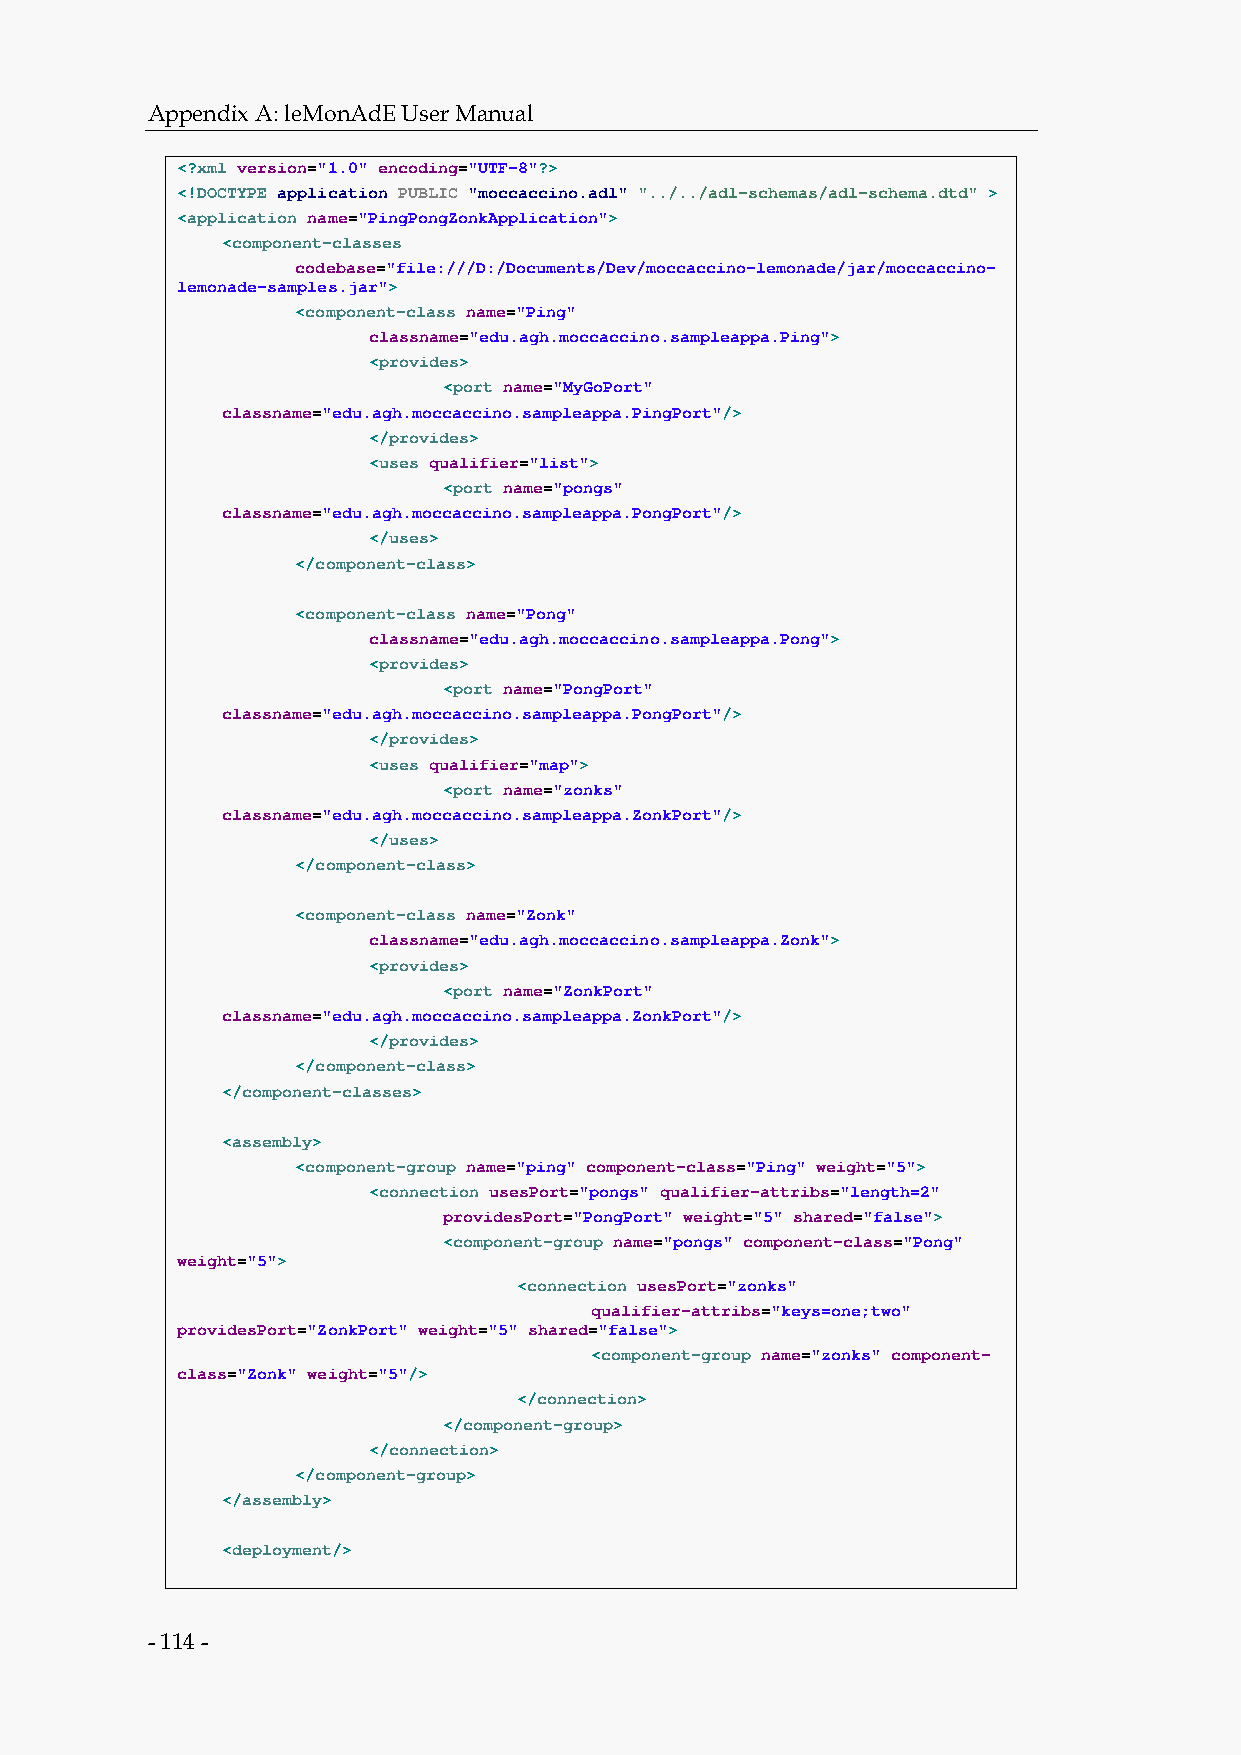
Appendix A: leMonAdE User Manual
 <?xml version="1.0" encoding="UTF-8"?>
 <!DOCTYPE application PUBLIC "moccaccino.adl" "../../adl-schemas/adl-schema.dtd" >
 <application name="PingPongZonkApplication">
 <component-classes
 codebase="file:///D:/Documents/Dev/moccaccino-lemonade/jar/moccaccino-
 lemonade-samples.jar">
 <component-class name="Ping"
 classname="edu.agh.moccaccino.sampleappa.Ping">
 <provides>
 <port name="MyGoPort"
 classname="edu.agh.moccaccino.sampleappa.PingPort"/>
 </provides>
 <uses qualifier="list">
 <port name="pongs"
 classname="edu.agh.moccaccino.sampleappa.PongPort"/>
 </uses>
 </component-class>
 <component-class name="Pong"
 classname="edu.agh.moccaccino.sampleappa.Pong">
 <provides>
 <port name="PongPort"
 classname="edu.agh.moccaccino.sampleappa.PongPort"/>
 </provides>
 <uses qualifier="map">
 <port name="zonks"
 classname="edu.agh.moccaccino.sampleappa.ZonkPort"/>
 </uses>
 </component-class>
 <component-class name="Zonk"
 classname="edu.agh.moccaccino.sampleappa.Zonk">
 <provides>
 <port name="ZonkPort"
 classname="edu.agh.moccaccino.sampleappa.ZonkPort"/>
 </provides>
 </component-class>
 </component-classes>
 <assembly>
 <component-group name="ping" component-class="Ping" weight="5">
 <connection usesPort="pongs" qualifier-attribs="length=2"
 providesPort="PongPort" weight="5" shared="false">
 <component-group name="pongs" component-class="Pong"
 weight="5">
 <connection usesPort="zonks"
 qualifier-attribs="keys=one;two"
 providesPort="ZonkPort" weight="5" shared="false">
 <component-group name="zonks" component-
 class="Zonk" weight="5"/>
 </connection>
 </component-group>
 </connection>
 </component-group>
 </assembly>
 <deployment/>
 - 114 -